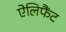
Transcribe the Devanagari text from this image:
ऐलिफैंट